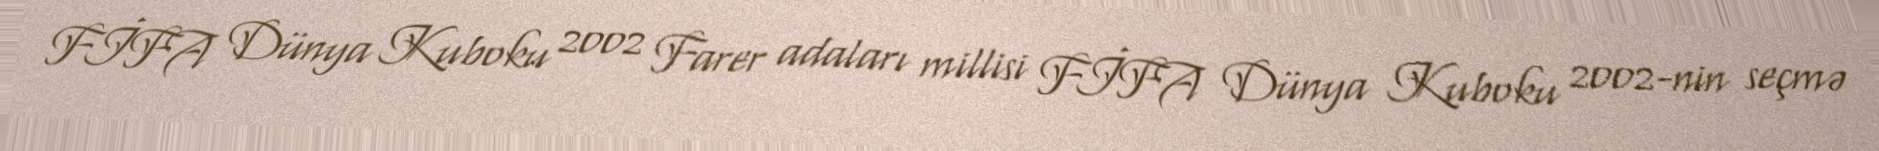
FİFA Dünya Kuboku 2002 Farer adaları millisi FİFA Dünya Kuboku 2002-nin seçmə